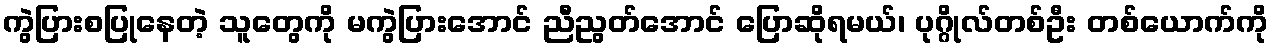
ကွဲပြားစပြုနေတဲ့ သူတွေကို မကွဲပြားအောင် ညီညွတ်အောင် ပြောဆိုရမယ်၊ ပုဂ္ဂိုလ်တစ်ဦး တစ်ယောက်ကို